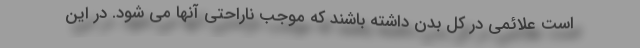
است علائمی در کل بدن داشته باشند که موجب ناراحتی آنها می شود. در این